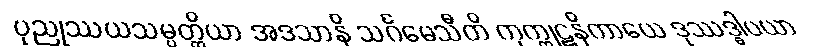
ပုညုဿယသမ္ပတ္တိယာ အဒသာနိ သင်္ဂမေသီတိ ကုက္ကုဋနိကာယေ ဒုဿဒ္ဓါပယာ